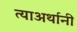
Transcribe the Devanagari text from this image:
त्याअर्थानी